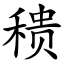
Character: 䅪